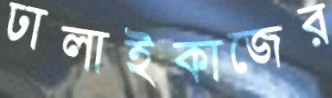
ঢালাইকাজের